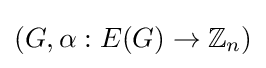
(G,\alpha :E(G)\rightarrow \mathbb {Z} _{n})